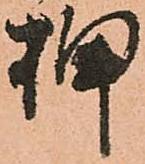
押